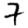
Digit: 7